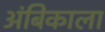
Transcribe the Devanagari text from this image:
अंबिकाला